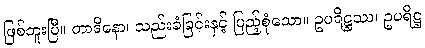
ဖြစ်ဘူးပြီ။ တာဒိနော၊ သည်းခံခြင်းနှင့် ပြည့်စုံသော။ ဥပရိဋ္ဌဿ၊ ဥပရိဋ္ဌ